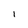
Character: I